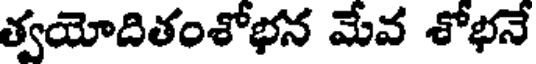
త్వయోదితంశోభన మేవ శోభనే